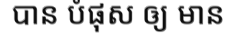
បាន បំផុស ឲ្យ មាន